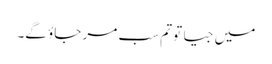
میں جیا تو تم سب مر جاؤ گے۔